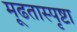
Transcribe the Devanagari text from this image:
मूढतास्पृष्टा